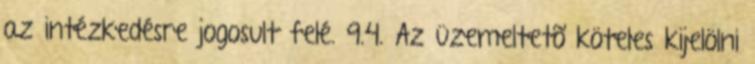
az intézkedésre jogosult felé. 9.4. Az üzemeltetõ köteles kijelölni